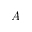
A